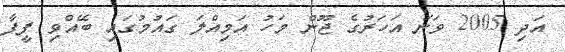
އަދި 2005 ވަނަ އަހަރުގެ ޖޫން މަހު އަމިއްލަ ގައުމުގައި ބޭއްވި ފީފާ